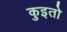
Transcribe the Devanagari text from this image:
कुइतो